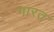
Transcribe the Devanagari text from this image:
गारत